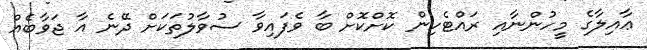
ޢާއިލާގެ މީހުންނާއި ރައްޓެހިން ކޮށްކޮށް ބާ ވެފައިވާ ސުވާލުތަކަށް ދޭނެ އާ ޖަވާބެއް